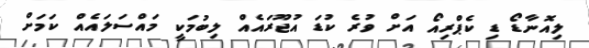
ލިއޮނާޑޯ ޑި ކެޕްރިއޯ އަށް ވުރެ ކުޑަ އުޖޫރައެއް ލިބުމަކީ މައްސަލައެއް ކަމަށް